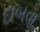
દાબવા